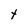
Character: t